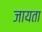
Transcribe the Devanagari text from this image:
जायता